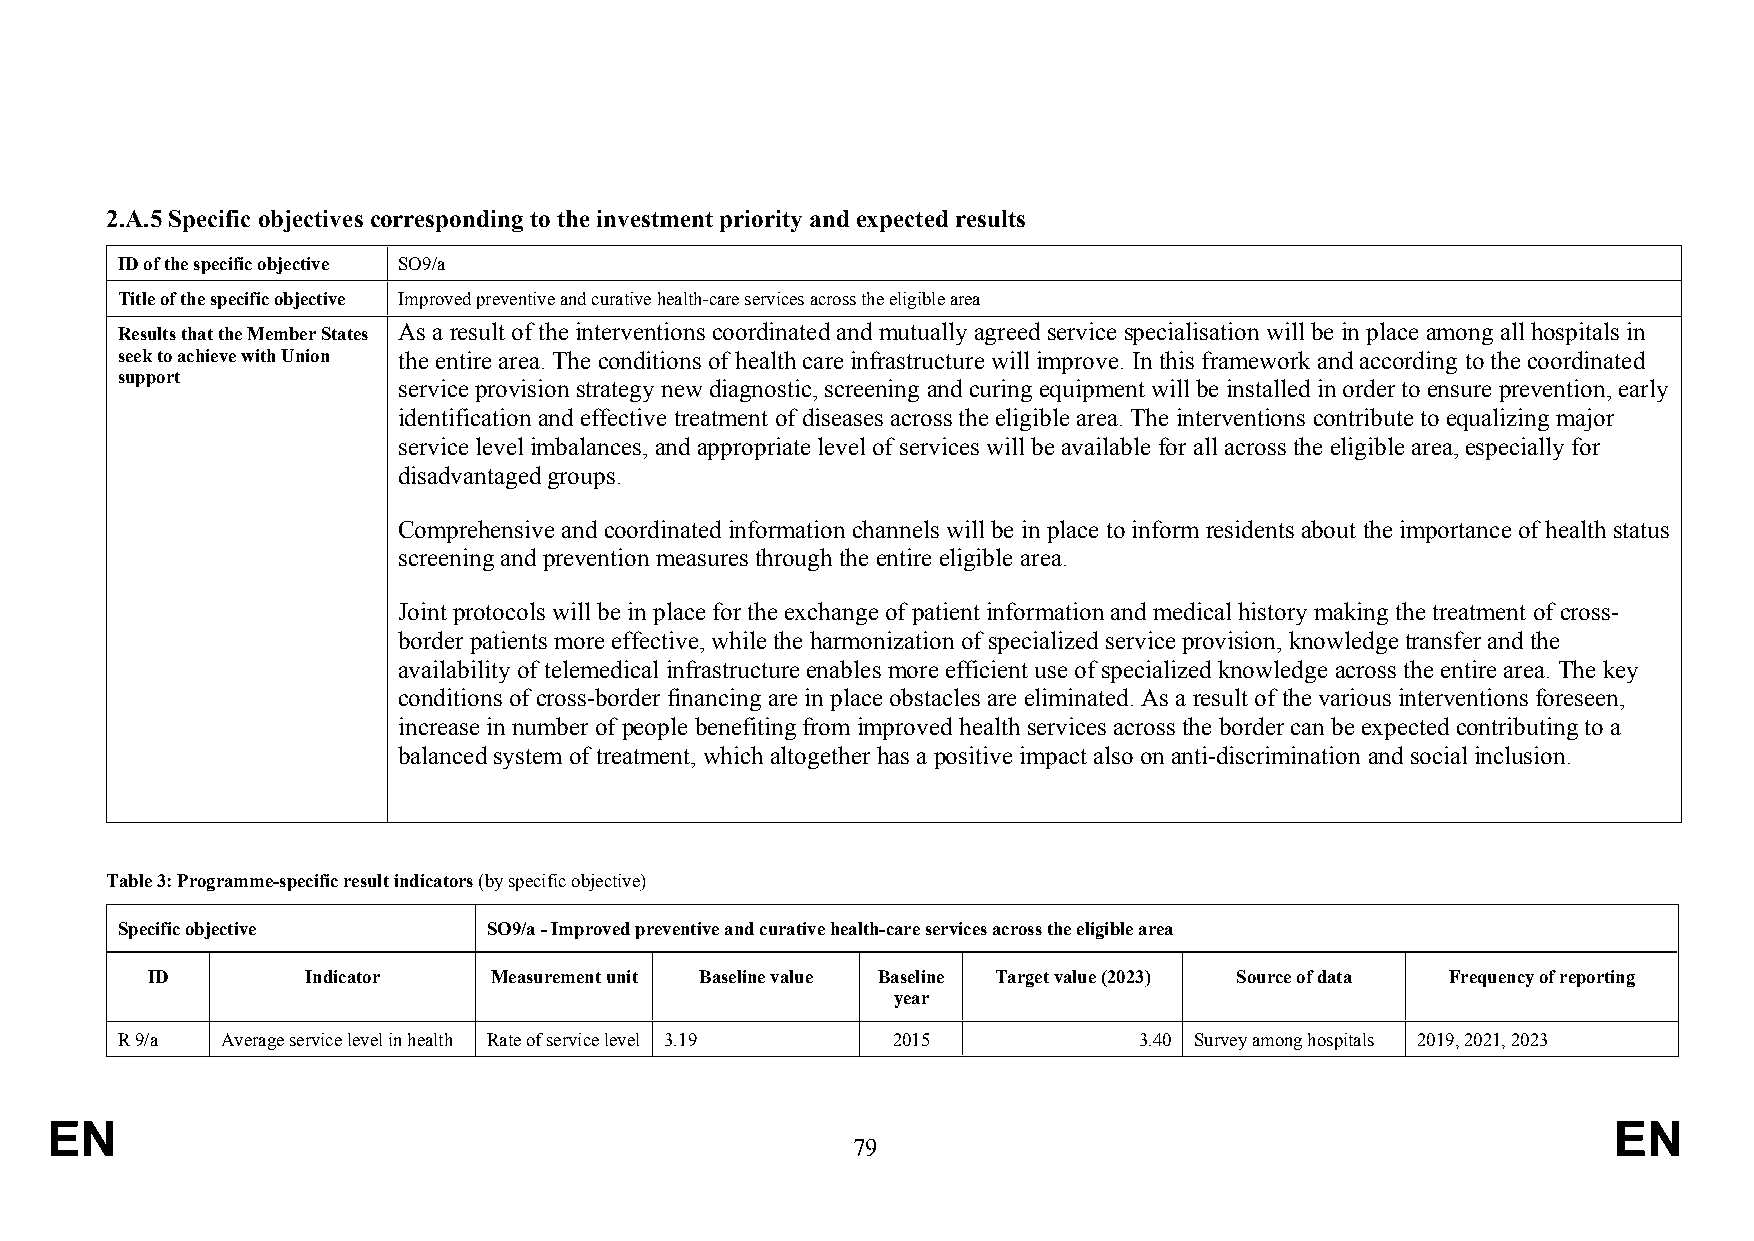
2.A.5 Specific objectives corresponding to the investment priority and expected results
 ID of the specific objective SO9/a
 Title of the specific objective Improved preventive and curative health-care services across the eligible area
 Results that the Member States As a result of the interventions coordinated and mutually agreed service specialisation will be in place among all hospitals in
 seek to achieve with Union the entire area. The conditions of health care infrastructure will improve. In this framework and according to the coordinated
 support
 service provision strategy new diagnostic, screening and curing equipment will be installed in order to ensure prevention, early
 identification and effective treatment of diseases across the eligible area. The interventions contribute to equalizing major
 service level imbalances, and appropriate level of services will be available for all across the eligible area, especially for
 disadvantaged groups.
 Comprehensive and coordinated information channels will be in place to inform residents about the importance of health status
 screening and prevention measures through the entire eligible area.
 Joint protocols will be in place for the exchange of patient information and medical history making the treatment of cross-
 border patients more effective, while the harmonization of specialized service provision, knowledge transfer and the
 availability of telemedical infrastructure enables more efficient use of specialized knowledge across the entire area. The key
 conditions of cross-border financing are in place obstacles are eliminated. As a result of the various interventions foreseen,
 increase in number of people benefiting from improved health services across the border can be expected contributing to a
 balanced system of treatment, which altogether has a positive impact also on anti-discrimination and social inclusion.
 Table 3: Programme-specific result indicators (by specific objective)
 Specific objective      SO9/a - Improved preventive and curative health-care services across the eligible area
 ID        Indicator   Measurement unit Baseline value Baseline Target value (2023) Source of data Frequency of reporting
 year
 R 9/a  Average service level in health Rate of service level 3.19 2015 3.40 Survey among hospitals 2019, 2021, 2023
 EN                                                                                                      EN
 79